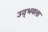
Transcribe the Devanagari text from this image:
उद्‍भवला